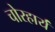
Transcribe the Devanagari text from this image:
चोरहार्यं